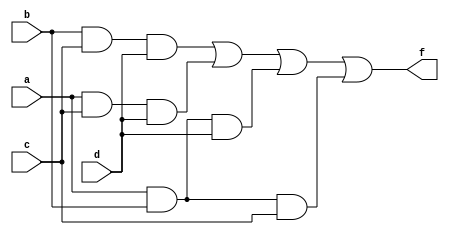
module Q3(a,b,c,d,f);
	input a,b,c,d;
	output f;
	assign f = (b&c&d)|(a&c&d)|(a&b&d)|(a&b&c);
endmodule